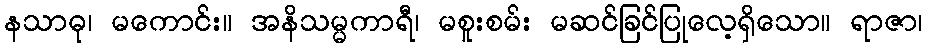
နသာဓု၊ မကောင်း။ အနိသမ္မကာရီ၊ မစူးစမ်း မဆင်ခြင်ပြုလေ့ရှိသော။ ရာဇာ၊